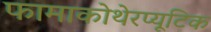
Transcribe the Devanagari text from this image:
फामाकोथेरप्यूटिक